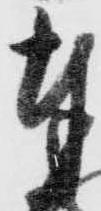
奉